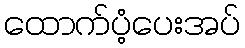
ထောက်ပံ့ပေးအပ်